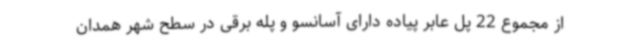
از مجموع 22 پل عابر پیاده دارای آسانسو و پله برقی در سطح شهر همدان